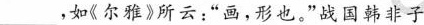
___，如《尔雅》所云:"画，形也。”战国韩非子